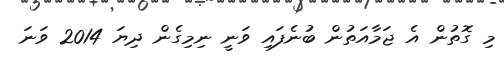
މި ގޮތުން އެ ޖަމާއަތުން ބުނެފައި ވަނީ ނިމިގެން ދިޔަ 2014 ވަނަ